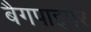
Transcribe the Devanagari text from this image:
बैगपाइपर